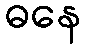
ဓနေ